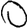
Digit: 0